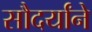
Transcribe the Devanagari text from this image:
सौदर्यांने